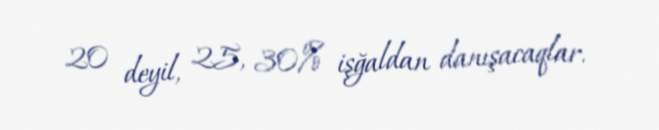
20 deyil, 25, 30% işğaldan danışacaqlar.